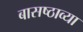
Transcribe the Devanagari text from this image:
बासष्ठाव्या